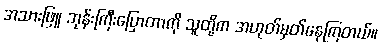
အသားဖြူ ဘုန်းကြီးပြောတာကို သူတို့က အဟုတ်မှတ်နေကြတယ်။